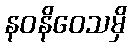
နဝနိဝေသမှိ